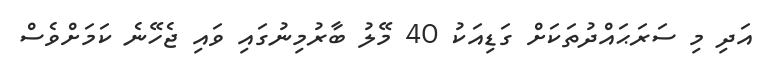
އަދި މި ސަރަޙައްދުތަކަށް ގަޑިއަކު 40 މޭލު ބާރުމިނުގައި ވައި ޖެހޭނެ ކަމަށްވެސް